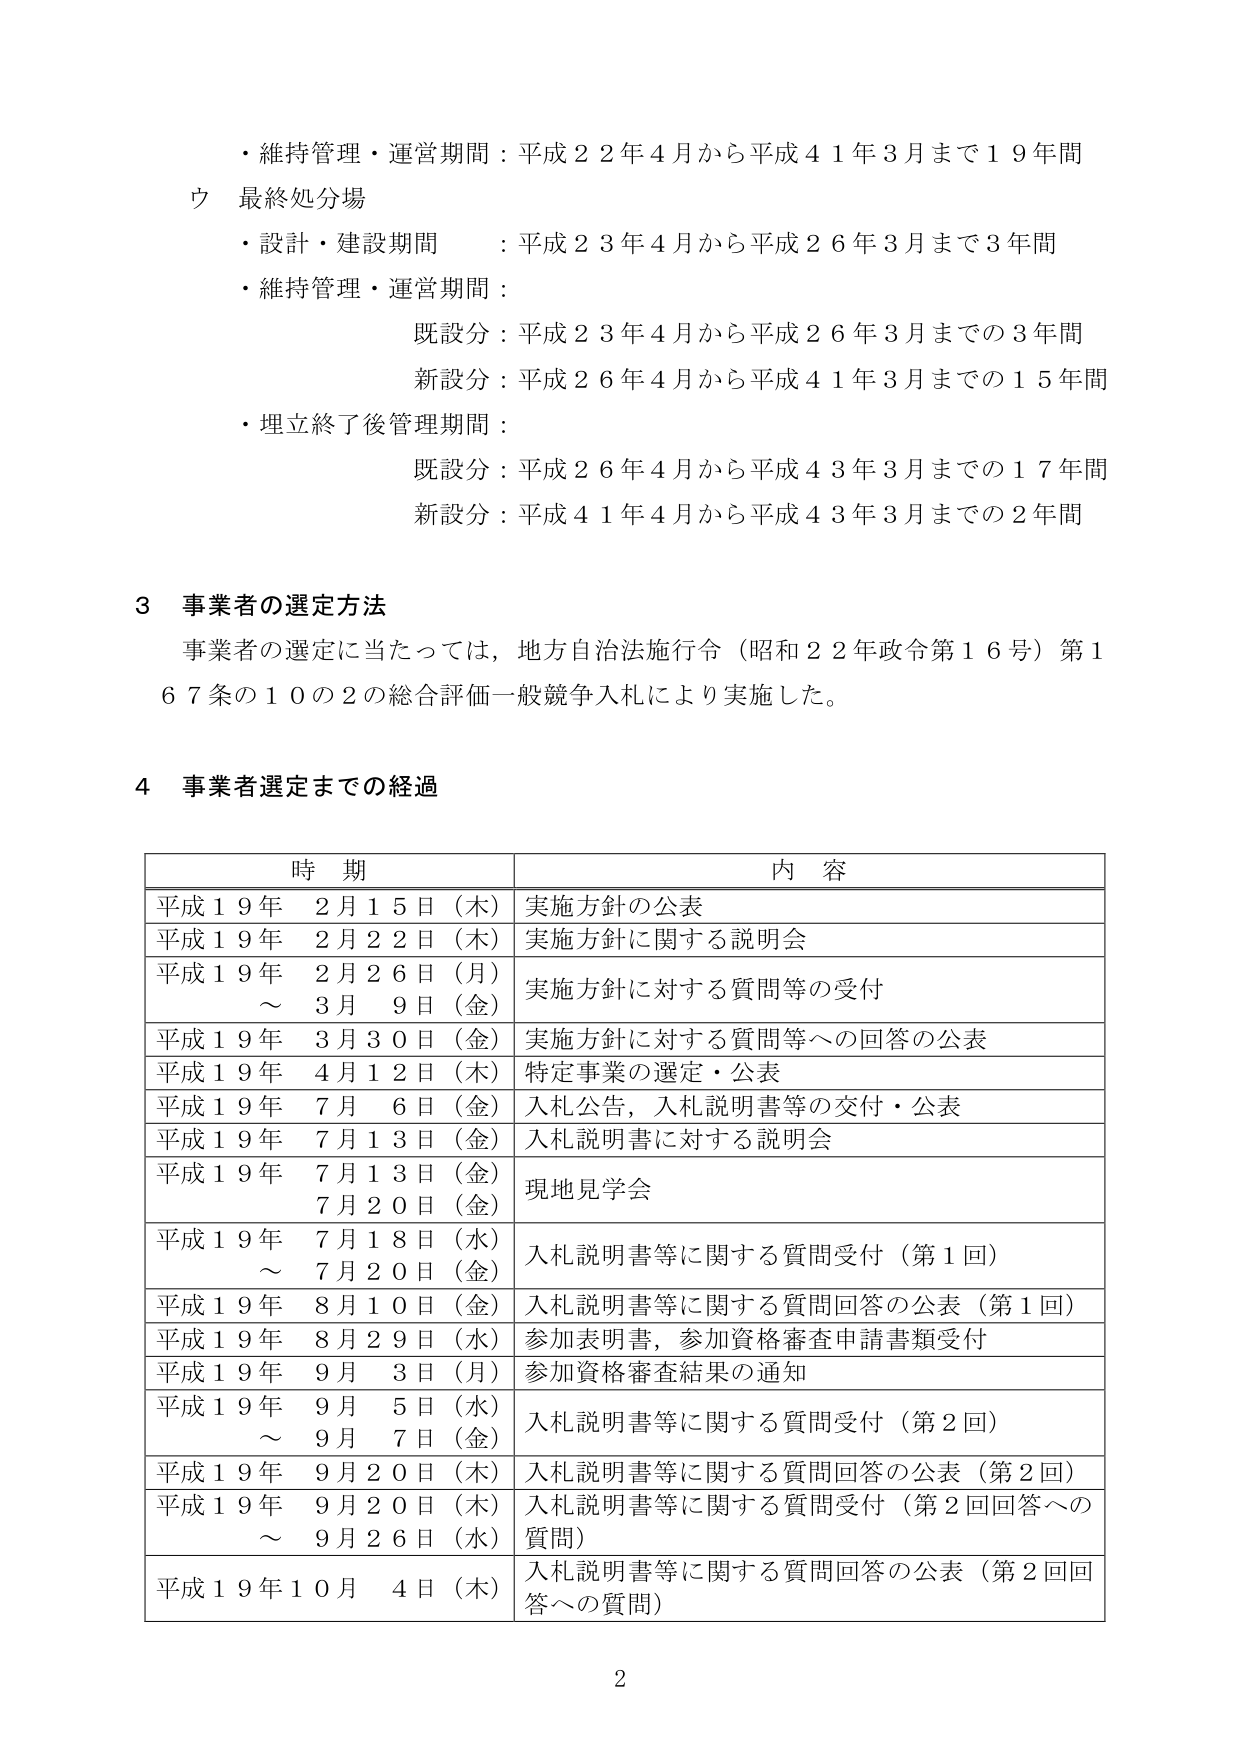
・維持管理・運営期間：平成２２年４月から平成４１年３月まで１９年間
ウ 最終処分場
・設計・建設期間 ：平成２３年４月から平成２６年３月まで３年間
・維持管理・運営期間：
　　既設分：平成２３年４月から平成２６年３月までの３年間
　　新設分：平成２６年４月から平成４１年３月までの１５年間
・埋立終了後管理期間：
　　既設分：平成２６年４月から平成４３年３月までの１７年間
　　新設分：平成４１年４月から平成４３年３月までの２年間

３ 事業者の選定方法
事業者の選定に当たっては、地方自治法施行令（昭和２２年政令第１６号）第１６７条の１０の２の総合評価一般競争入札により実施した。

４ 事業者選定までの経過

| 時 期 | 内 容 |
|---|---|
| 平成１９年 ２月１５日（木） | 実施方針の公表 |
| 平成１９年 ２月２２日（木） | 実施方針に関する説明会 |
| 平成１９年 ２月２６日（月）～ ３月 ９日（金） | 実施方針に対する質問等の受付 |
| 平成１９年 ３月３０日（金） | 実施方針に対する質問等への回答の公表 |
| 平成１９年 ４月１２日（木） | 特定事業の選定・公表 |
| 平成１９年 ７月 ６日（金） | 入札公告，入札説明書等の交付・公表 |
| 平成１９年 ７月１３日（金） | 入札説明書に対する説明会 |
| 平成１９年 ７月１３日（金） ７月２０日（金） | 現地見学会 |
| 平成１９年 ７月１８日（水）～ ７月２０日（金） | 入札説明書等に関する質問受付（第１回） |
| 平成１９年 ８月１０日（金） | 入札説明書等に関する質問回答の公表（第１回） |
| 平成１９年 ８月２９日（水） | 参加表明書，参加資格審査申請書類受付 |
| 平成１９年 ９月 ３日（月） | 参加資格審査結果の通知 |
| 平成１９年 ９月 ５日（水）～ ９月 ７日（金） | 入札説明書等に関する質問受付（第２回） |
| 平成１９年 ９月２０日（木） | 入札説明書等に関する質問回答の公表（第２回） |
| 平成１９年 ９月２０日（木）～ ９月２６日（水） | 入札説明書等に関する質問受付（第２回回答への質問） |
| 平成１９年１０月 ４日（木） | 入札説明書等に関する質問回答の公表（第２回回答への質問） |

2